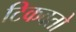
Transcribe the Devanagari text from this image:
टिकवतो